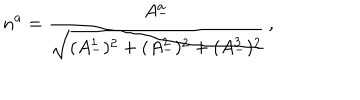
LaTeX: n ^ { a } = \frac { A _ { - } ^ { a } } { \sqrt { ( A _ { - } ^ { 1 } ) ^ { 2 } + ( A _ { - } ^ { 2 } ) ^ { 2 } + ( A _ { - } ^ { 3 } ) ^ { 2 } } } \, ,